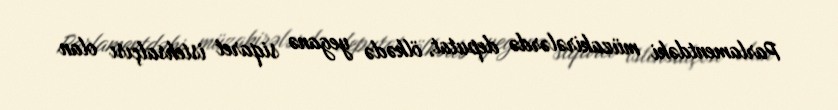
Parlamentdəki müzakirələrdə deputat, ölkədə yeganə siqaret istehsalçısı olan